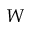
W